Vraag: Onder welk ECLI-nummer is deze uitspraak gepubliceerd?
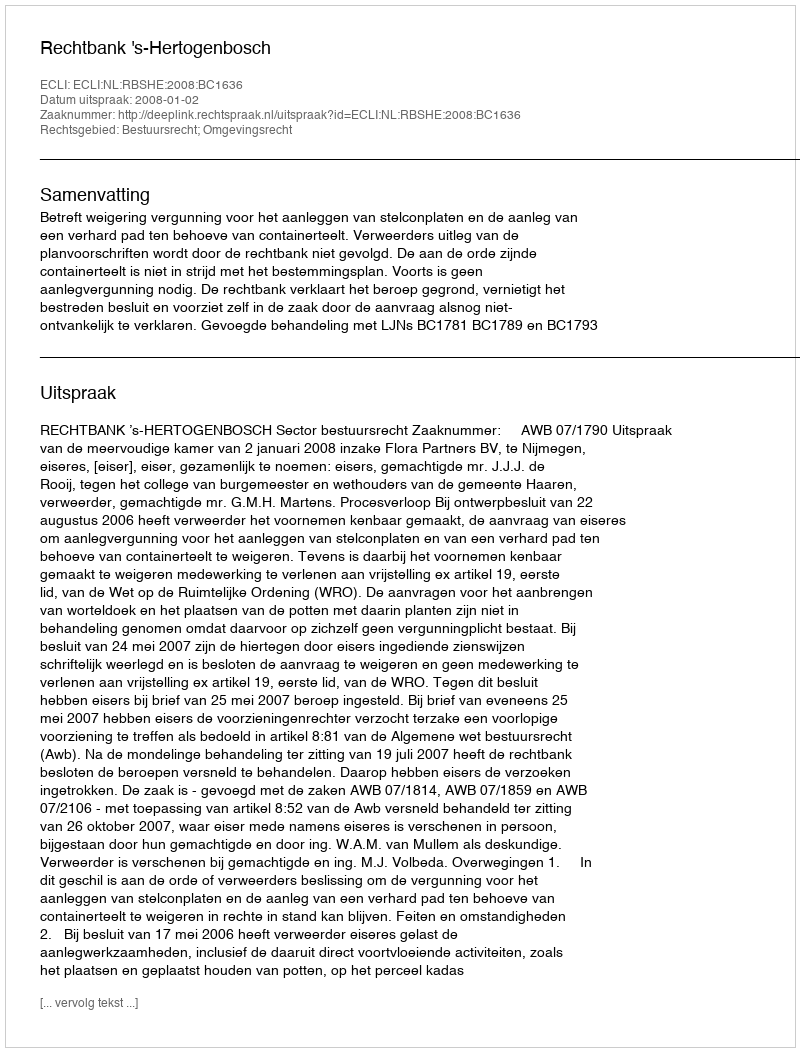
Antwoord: ECLI:NL:RBSHE:2008:BC1636